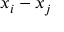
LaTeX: x _ { i } - x _ { j }